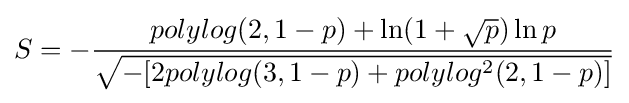
S=-{\frac {polylog(2,1-p)+\ln(1+{\sqrt {p}})\ln p}{\sqrt {-[2polylog(3,1-p)+polylog^{2}(2,1-p)]}}}